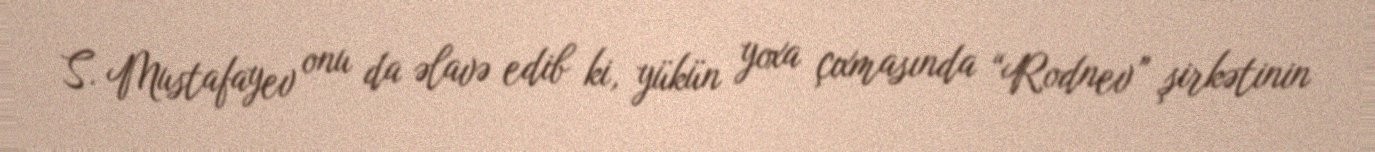
S. Mustafayev onu da əlavə edib ki, yükün yoxa çıxmasında “Rodnev” şirkətinin